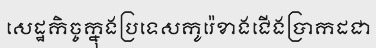
សេដ្ឋកិច្ចក្នុងប្រទេសកូរ៉េខាងជើងប្រាកដជា